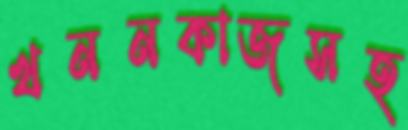
খননকাজসহ